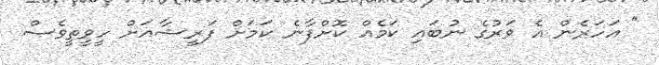
" އަހަރެން އެ ވަރުގެ ނުބައި ކަމެއް ކޮށްފާނެ ކަމަށް ފަރީޝާއަށް ހީވީތީވެސް